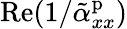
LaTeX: \mathrm{Re}(1/\tilde{\alpha}_{xx}^{\mathrm{p}})